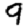
Digit: 9